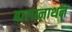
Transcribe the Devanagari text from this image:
बालानाथन